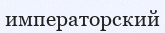
императорский